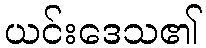
ယင်းဒေသ၏